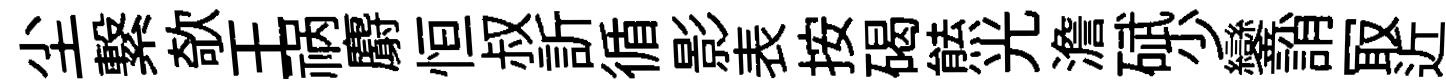
尘繋欹王祸麝恒叔訢循影表按碣㷱光澹碔少鑾誚冣近